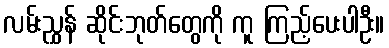
လမ်းညွှန် ဆိုင်းဘုတ်တွေကို ကူ ကြည့်ပေးပါဦး။